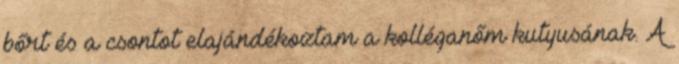
bőrt és a csontot elajándékoztam a kolléganőm kutyusának. A